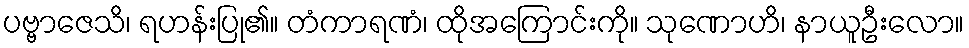
ပဗ္ဗာဇေသိ၊ ရဟန်းပြု၏။ တံကာရဏံ၊ ထိုအကြောင်းကို။ သုဏောဟိ၊ နာယူဦးလော။